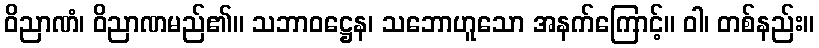
ဝိညာဏံ၊ ဝိညာဏမည်၏။ သဘာဝဋ္ဌေန၊ သဘောဟူသော အနက်ကြောင့်။ ဝါ၊ တစ်နည်း။